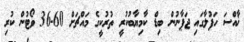
ޚާއްސަ ހަފުލާގައި ޖަޕާނުން ބިޑް ކާމިޔާބުކުރީ ތުރުކީގެ މައްޗަށް 60-36 ވޯޓުން ކުރި